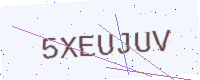
Text: 5XEUJUV